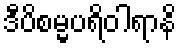
ဒီပိစမ္မပရိဝါရာနိ